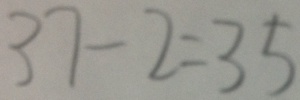
3 7 - 2 = 3 5